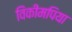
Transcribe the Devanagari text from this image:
विकीमपिया